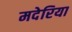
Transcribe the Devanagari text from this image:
मदेरिया